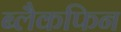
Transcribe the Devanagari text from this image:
ब्लैकफिन